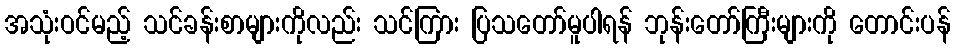
အသုံးဝင်မည့် သင်ခန်းစာများကိုလည်း သင်ကြား ပြသတော်မူပါရန် ဘုန်းတော်ကြီးများကို တောင်းပန်